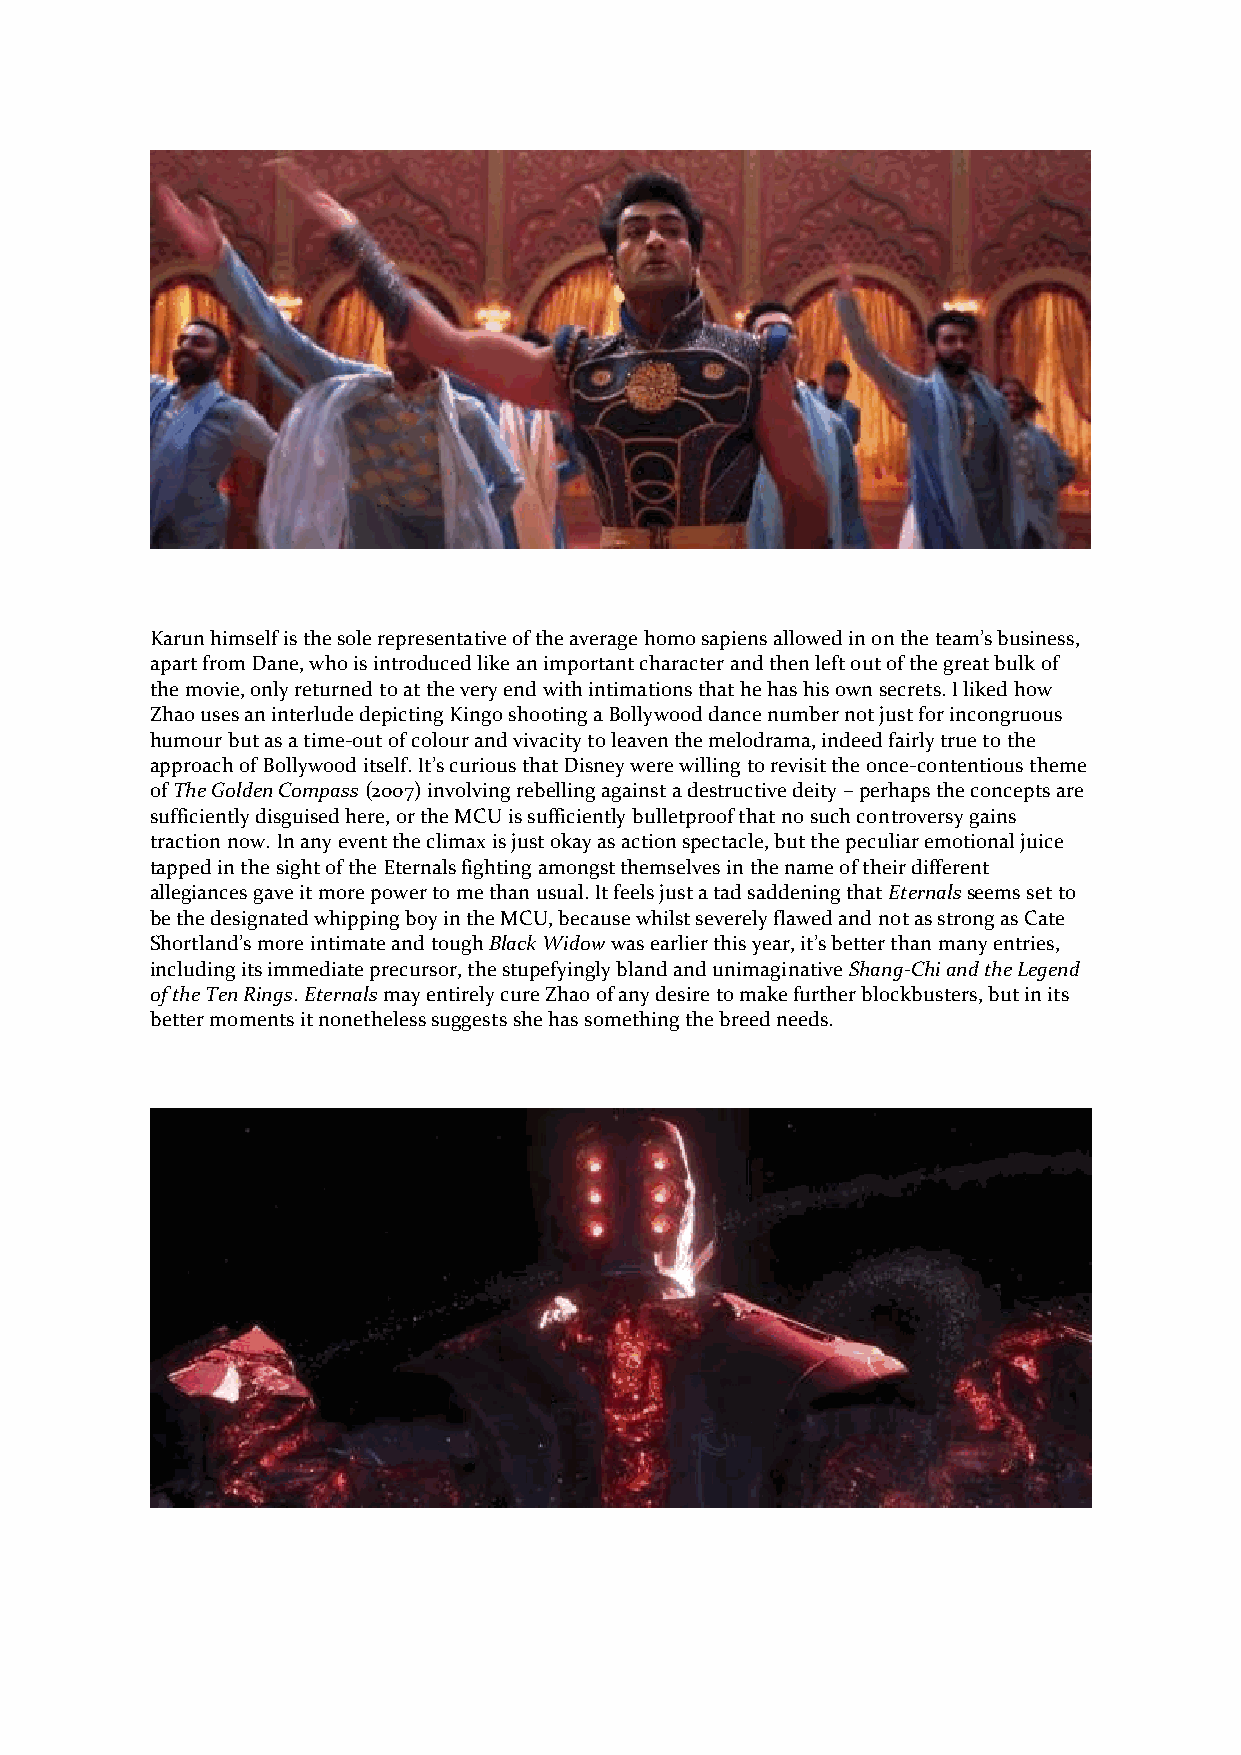
Karun himself is the sole representative of the average homo sapiens allowed in on the team’s business,
 apart from Dane, who is introduced like an important character and then left out of the great bulk of
 the movie, only returned to at the very end with intimations that he has his own secrets. I liked how
 Zhao uses an interlude depicting Kingo shooting a Bollywood dance number not just for incongruous
 humour but as a time-out of colour and vivacity to leaven the melodrama, indeed fairly true to the
 approach of Bollywood itself. It’s curious that Disney were willing to revisit the once-contentious theme
 of The Golden Compass (2007) involving rebelling against a destructive deity – perhaps the concepts are
 sufficiently disguised here, or the MCU is sufficiently bulletproof that no such controversy gains
 traction now. In any event the climax is just okay as action spectacle, but the peculiar emotional juice
 tapped in the sight of the Eternals fighting amongst themselves in the name of their different
 allegiances gave it more power to me than usual. It feels just a tad saddening that Eternals seems set to
 be the designated whipping boy in the MCU, because whilst severely flawed and not as strong as Cate
 Shortland’s more intimate and tough Black Widow was earlier this year, it’s better than many entries,
 including its immediate precursor, the stupefyingly bland and unimaginative Shang-Chi and the Legend
 of the Ten Rings. Eternals may entirely cure Zhao of any desire to make further blockbusters, but in its
 better moments it nonetheless suggests she has something the breed needs.